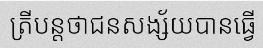
ត្រីបន្តថាជនសង្ស័យបានធ្វើ